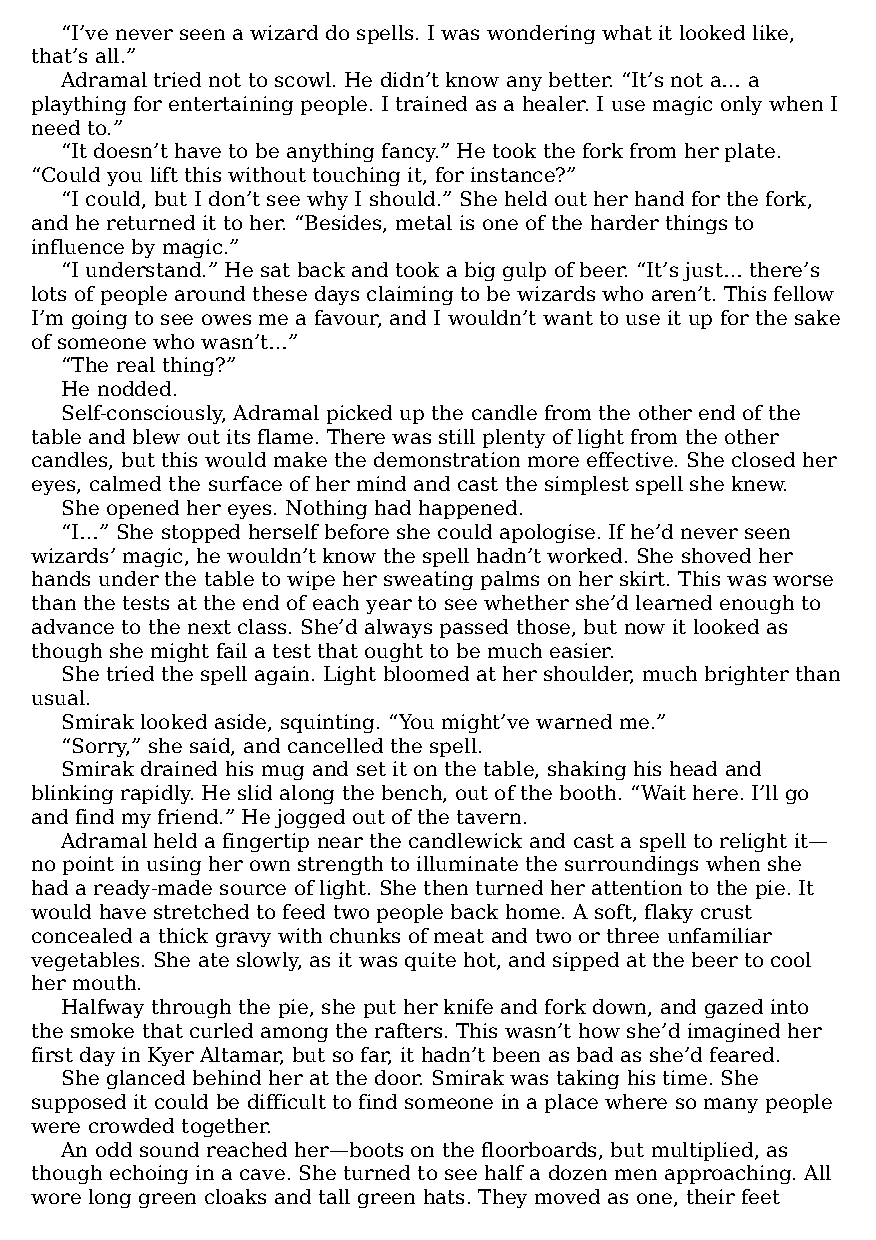
“I’ve never seen a wizard do spells. I was wondering what it looked like,
 that’s all.”
 Adramal tried not to scowl. He didn’t know any better. “It’s not a… a
 plaything for entertaining people. I trained as a healer. I use magic only when I
 need to.”
 “It doesn’t have to be anything fancy.” He took the fork from her plate.
 “Could you lift this without touching it, for instance?”
 “I could, but I don’t see why I should.” She held out her hand for the fork,
 and he returned it to her. “Besides, metal is one of the harder things to
 influence by magic.”
 “I understand.” He sat back and took a big gulp of beer. “It’s just… there’s
 lots of people around these days claiming to be wizards who aren’t. This fellow
 I’m going to see owes me a favour, and I wouldn’t want to use it up for the sake
 of someone who wasn’t…”
 “The real thing?”
 He nodded.
 Self-consciously, Adramal picked up the candle from the other end of the
 table and blew out its flame. There was still plenty of light from the other
 candles, but this would make the demonstration more effective. She closed her
 eyes, calmed the surface of her mind and cast the simplest spell she knew.
 She opened her eyes. Nothing had happened.
 “I…” She stopped herself before she could apologise. If he’d never seen
 wizards’ magic, he wouldn’t know the spell hadn’t worked. She shoved her
 hands under the table to wipe her sweating palms on her skirt. This was worse
 than the tests at the end of each year to see whether she’d learned enough to
 advance to the next class. She’d always passed those, but now it looked as
 though she might fail a test that ought to be much easier.
 She tried the spell again. Light bloomed at her shoulder, much brighter than
 usual.
 Smirak looked aside, squinting. “You might’ve warned me.”
 “Sorry,” she said, and cancelled the spell.
 Smirak drained his mug and set it on the table, shaking his head and
 blinking rapidly. He slid along the bench, out of the booth. “Wait here. I’ll go
 and find my friend.” He jogged out of the tavern.
 Adramal held a fingertip near the candlewick and cast a spell to relight it—​
 no point in using her own strength to illuminate the surroundings when she
 had a ready-made source of light. She then turned her attention to the pie. It
 would have stretched to feed two people back home. A soft, flaky crust
 concealed a thick gravy with chunks of meat and two or three unfamiliar
 vegetables. She ate slowly, as it was quite hot, and sipped at the beer to cool
 her mouth.
 Halfway through the pie, she put her knife and fork down, and gazed into
 the smoke that curled among the rafters. This wasn’t how she’d imagined her
 first day in Kyer Altamar, but so far, it hadn’t been as bad as she’d feared.
 She glanced behind her at the door. Smirak was taking his time. She
 supposed it could be difficult to find someone in a place where so many people
 were crowded together.
 An odd sound reached her—​boots on the floorboards, but multiplied, as
 though echoing in a cave. She turned to see half a dozen men approaching. All
 wore long green cloaks and tall green hats. They moved as one, their feet